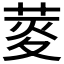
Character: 𦲯